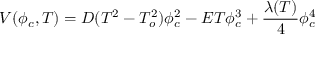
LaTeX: V ( \phi _ { c } , T ) = D ( T ^ { 2 } - T _ { o } ^ { 2 } ) \phi _ { c } ^ { 2 } - E T \phi _ { c } ^ { 3 } + \frac { \lambda ( T ) } { 4 } \phi _ { c } ^ { 4 }